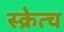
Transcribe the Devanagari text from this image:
स्क्रेत्च